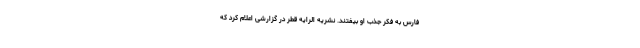
فارس به فکر جذب او بیفتند. نشریه الرایه قطر در گزارشی اعلام کرد که